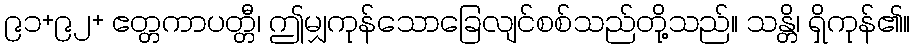
၉၁+၉၂+ ဧတ္တကာပတ္တီ၊ ဤမျှကုန်သောခြေလျင်စစ်သည်တို့သည်။ သန္တိ၊ ရှိကုန်၏။